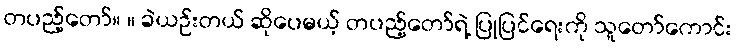
တပည့်တော်။ ။ ခဲယဉ်းတယ် ဆိုပေမယ့် တပည့်တော်ရဲ့ ပြုပြင်ရေးကို သူတော်ကောင်း